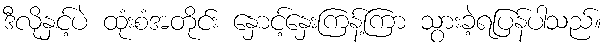
ဒီလိုနှင့်ပဲ ထုံးစံအတိုင်း နှောင့်နှေးကြန့်ကြာ သွားခဲ့ရပြန်ပါသည်။